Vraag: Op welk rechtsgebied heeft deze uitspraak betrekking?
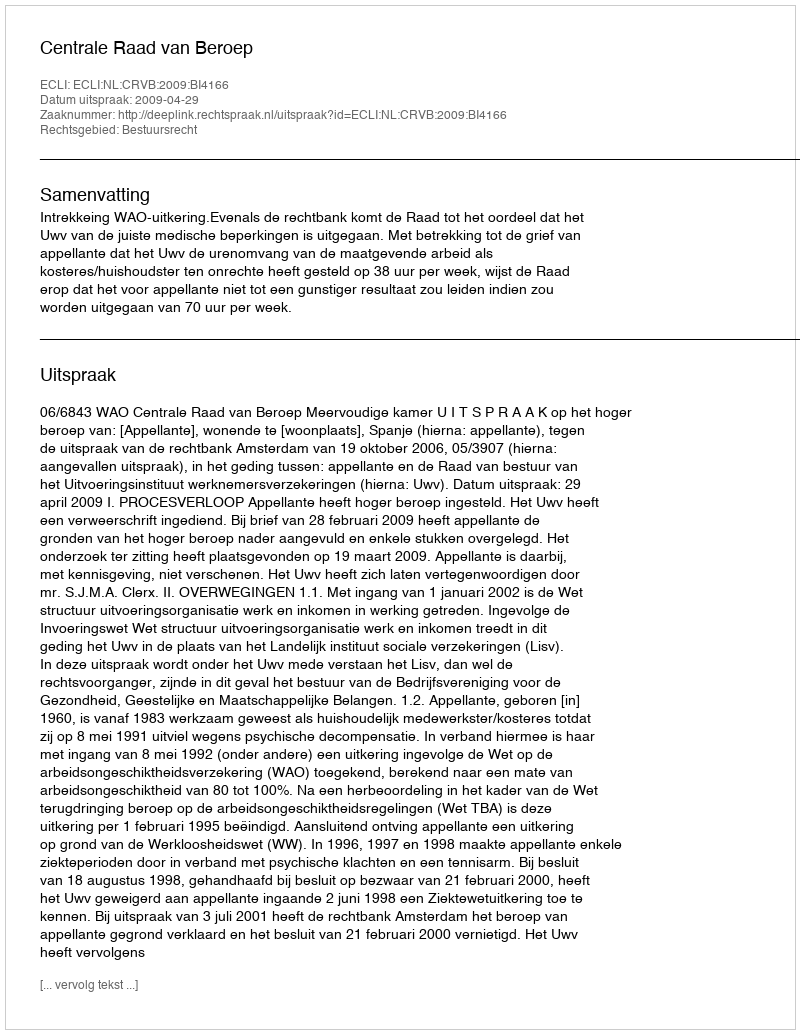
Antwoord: Bestuursrecht